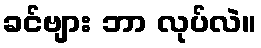
ခင်ဗျား ဘာ လုပ်လဲ။